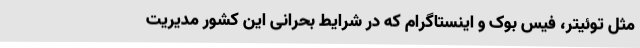
مثل توئیتر، فیس بوک و اینستاگرام که در شرایط بحرانی این کشور مدیریت